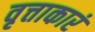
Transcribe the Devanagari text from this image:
वृत्ताकारं